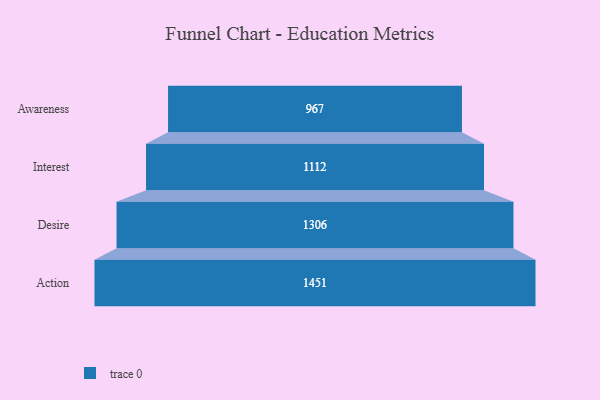
{"axis": {"x": "Stage", "y": "Value"}, "legend": [""], "data": [{"x": "Awareness", "y": 967.0, "type": ""}, {"x": "Interest", "y": 1112.0, "type": ""}, {"x": "Desire", "y": 1306.0, "type": ""}, {"x": "Action", "y": 1451.0, "type": ""}]}